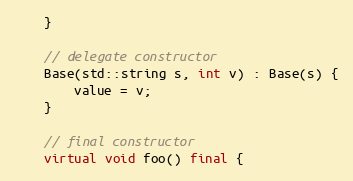
Language: C++
    }

    // delegate constructor
    Base(std::string s, int v) : Base(s) {
        value = v;
    }

    // final constructor
    virtual void foo() final {